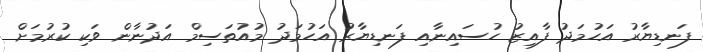
ފަނޑިޔާރު އަހުމަދު ފާއިޒު ހުސައިނާއި ފަނޑިޔާރު އަހުމަދު މުއުތަސިމް އަދުނާން ވަކި ކުރުމަށް